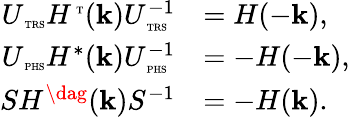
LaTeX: \begin{array}{rl}{U_{\mathrm{\tiny~TRS}}H^{\mathrm{\tiny~T}}(\textbf{k})U_{\mathrm{\tiny~TRS}}^{-1}}&{=H(-\textbf{k}),}\\ {U_{\mathrm{\tiny~PHS}}H^{*}(\textbf{k})U_{\mathrm{\tiny~PHS}}^{-1}}&{=-H(-\textbf{k}),}\\ {SH^{\dag}(\textbf{k})S^{-1}}&{=-H(\textbf{k}).}\end{array}